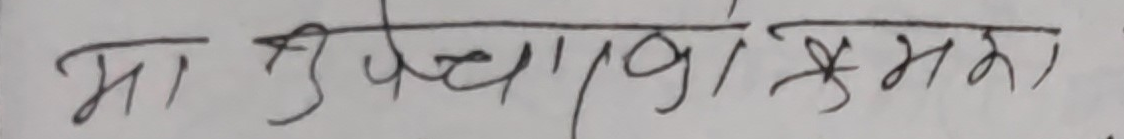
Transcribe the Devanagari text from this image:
मा सुभकामना कर्ममा